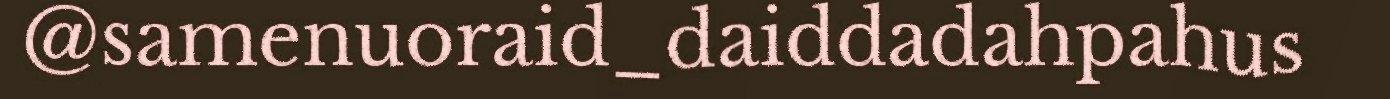
@samenuoraid_daiddadahpahus